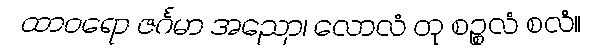
ထာဝရော ဇင်္ဂမာ အညော၊ လောလံ တု စဉ္စလံ စလံ။